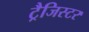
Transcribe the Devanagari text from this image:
ट्रैजिस्टर